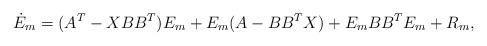
LaTeX: \begin{align*}\displaystyle {\dot E}_m=(A^T-XBB^T)E_m+E_m(A-BB^TX)+E_mBB^TE_m +R_m,\end{align*}